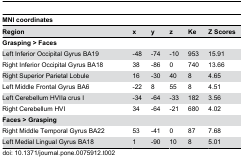
<table><thead><tr><td colspan="6"><b>MNI coordinates</b></td></tr><tr><td><b>Region</b></td><td><b>x</b></td><td><b>y</b></td><td><b>z</b></td><td><b>Ke</b></td><td><b>Z Scores</b></td></tr></thead><tbody><tr><td colspan="6"><b>Grasping &gt; Faces</b></td></tr><tr><td>Left Inferior Occipital Gyrus BA19</td><td>-48</td><td>-74</td><td>-10</td><td>953</td><td>15.91</td></tr><tr><td>Right Inferior Occipital Gyrus BA18</td><td>38</td><td>-86</td><td>0</td><td>740</td><td>13.66</td></tr><tr><td>Right Superior Parietal Lobule</td><td>16</td><td>-30</td><td>40</td><td>8</td><td>4.65</td></tr><tr><td>Left Middle Frontal Gyrus BA6</td><td>-22</td><td>8</td><td>55</td><td>8</td><td>4.51</td></tr><tr><td>Left Cerebellum HVIIa crus I</td><td>-34</td><td>-64</td><td>-33</td><td>182</td><td>3.56</td></tr><tr><td>Right Cerebellum HVI</td><td>34</td><td>-64</td><td>-21</td><td>680</td><td>4.02</td></tr><tr><td colspan="6"><b>Faces &gt; Grasping</b></td></tr><tr><td>Right Middle Temporal Gyrus BA22</td><td>53</td><td>-41</td><td>0</td><td>87</td><td>7.68</td></tr><tr><td>Left Medial Lingual Gyrus BA18</td><td>1</td><td>-90</td><td>10</td><td>8</td><td>5.01</td></tr></tbody></table>